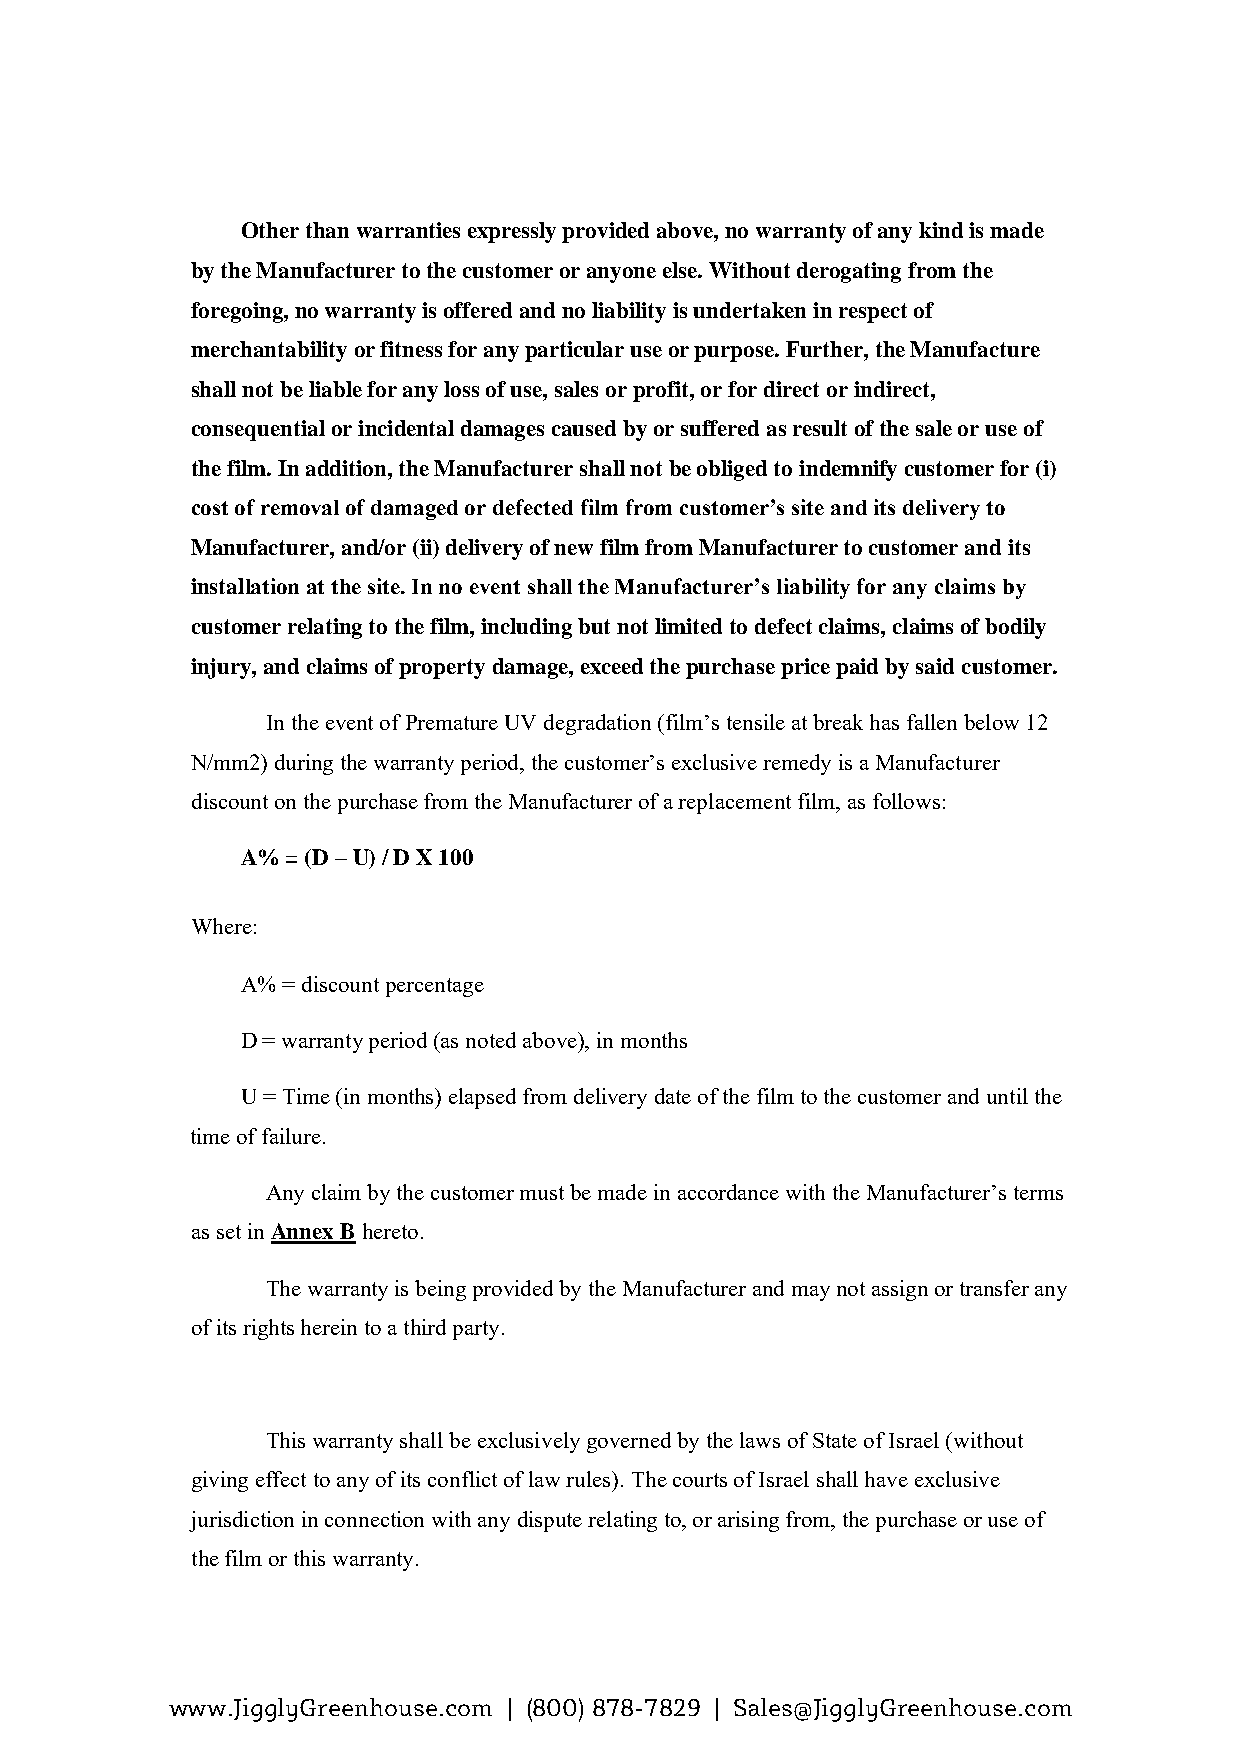
Other than warranties expressly provided above, no warranty of any kind is made
 by the Manufacturer to the customer or anyone else. Without derogating from the
 foregoing, no warranty is offered and no liability is undertaken in respect of
 merchantability or fitness for any particular use or purpose. Further, the Manufacture
 shall not be liable for any loss of use, sales or profit, or for direct or indirect,
 consequential or incidental damages caused by or suffered as result of the sale or use of
 the film. In addition, the Manufacturer shall not be obliged to indemnify customer for (i)
 cost of removal of damaged or defected film from customer’s site and its delivery to
 Manufacturer, and/or (ii) delivery of new film from Manufacturer to customer and its
 installation at the site. In no event shall the Manufacturer’s liability for any claims by
 customer relating to the film, including but not limited to defect claims, claims of bodily
 injury, and claims of property damage, exceed the purchase price paid by said customer.
 In the event of Premature UV degradation (film’s tensile at break has fallen below 12
 N/mm2) during the warranty period, the customer’s exclusive remedy is a Manufacturer
 discount on the purchase from the Manufacturer of a replacement film, as follows:
 A% = (D – U) / D X 100
 Where:
 A% = discount percentage
 D = warranty period (as noted above), in months
 U = Time (in months) elapsed from delivery date of the film to the customer and until the
 time of failure.
 Any claim by the customer must be made in accordance with the Manufacturer’s terms
 as set in Annex B hereto.
 The warranty is being provided by the Manufacturer and may not assign or transfer any
 of its rights herein to a third party.
 This warranty shall be exclusively governed by the laws of State of Israel (without
 giving effect to any of its conflict of law rules). The courts of Israel shall have exclusive
 jurisdiction in connection with any dispute relating to, or arising from, the purchase or use of
 the film or this warranty.
 www.JigglyGreenhouse.com | (800) 878-7829 | Sales@JigglyGreenhouse.com